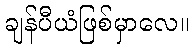
ချန်ပီယံဖြစ်မှာလေ။